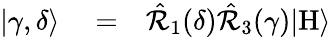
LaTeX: \begin{array}{rlr}{|\gamma,\delta\rangle}&{{}=}&{\hat{\mathcal{R}}_{1}(\delta)\hat{\mathcal{R}}_{3}(\gamma)|\mathrm{H}\rangle}\end{array}